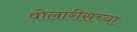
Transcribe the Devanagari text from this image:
वोलारीसच्या